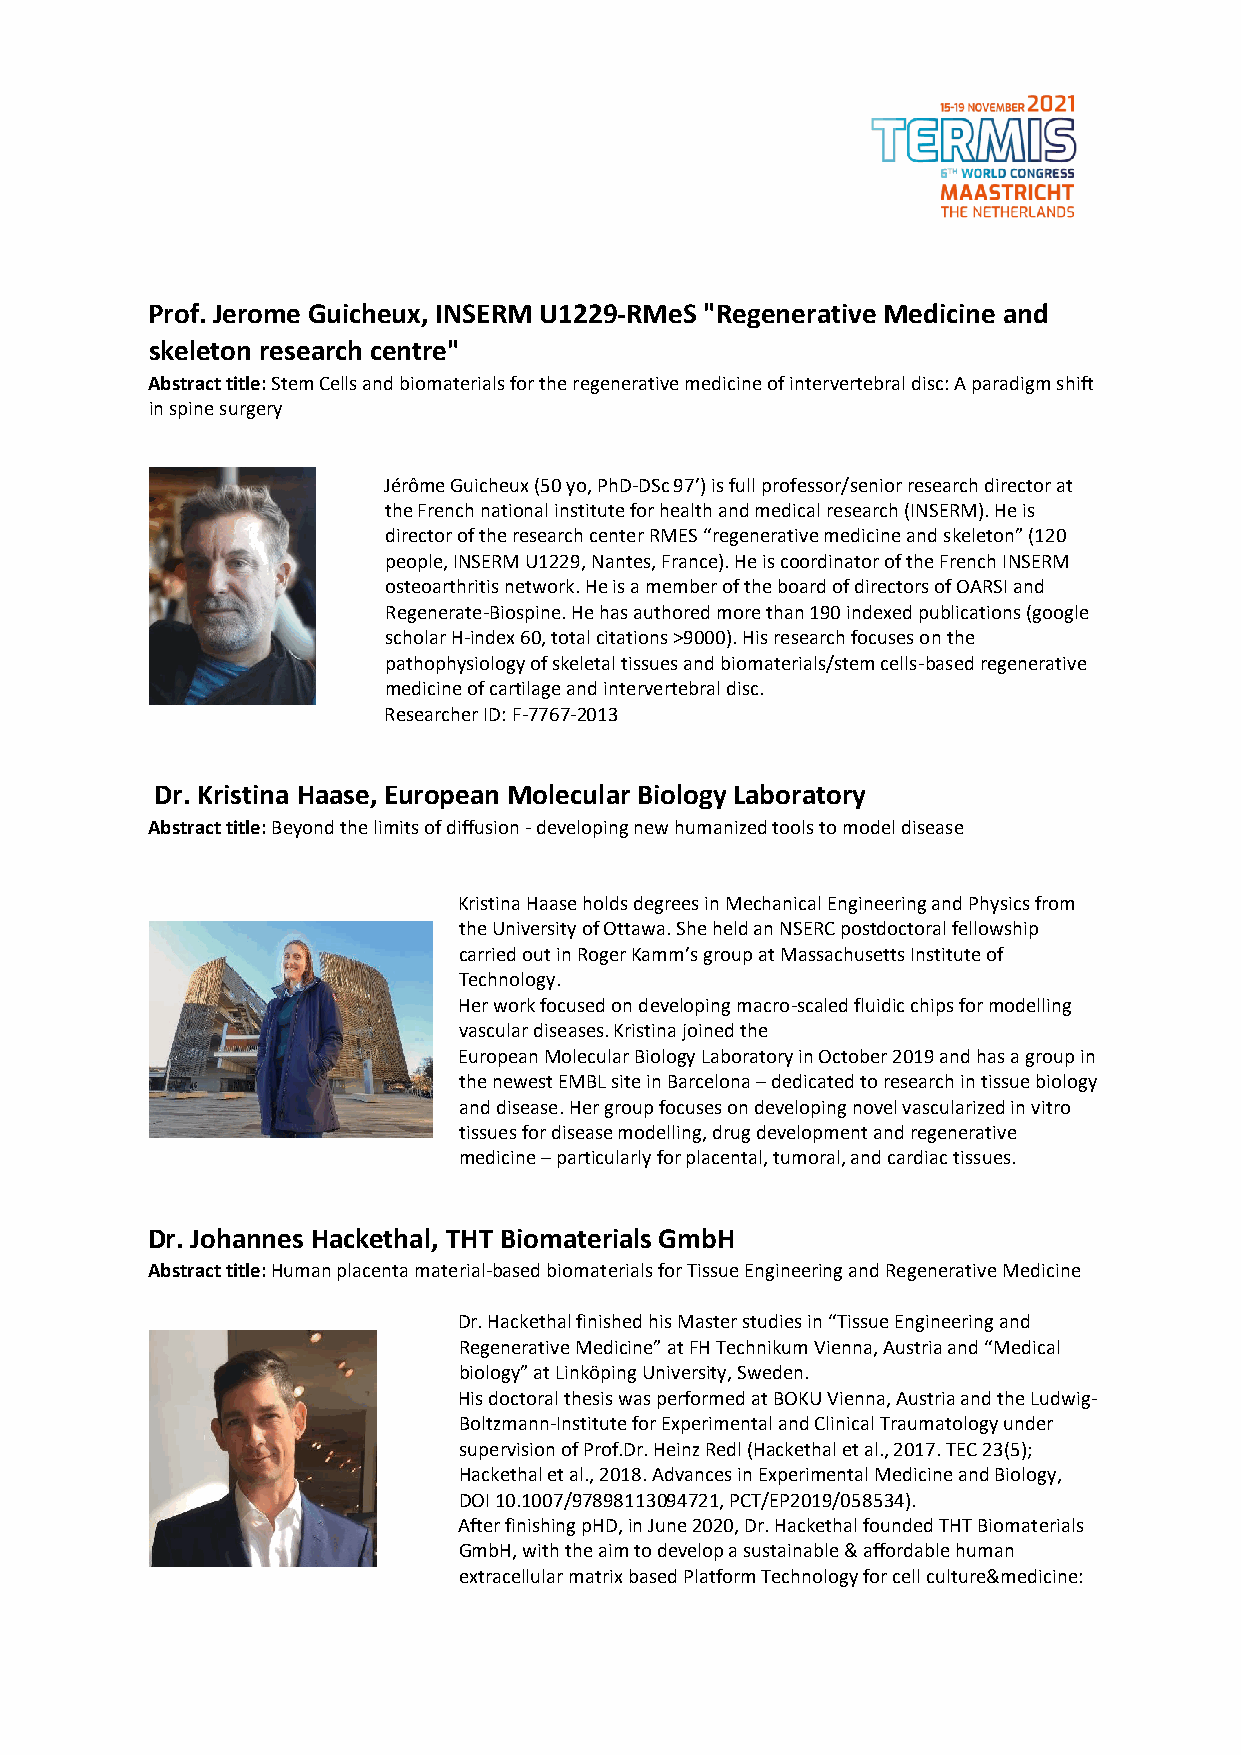
Prof. Jerome Guicheux, INSERM U1229-RMeS "Regenerative Medicine and
 skeleton research centre"
 Abstract title: Stem Cells and biomaterials for the regenerative medicine of intervertebral disc: A paradigm shift
 in spine surgery
 Jérôme Guicheux (50 yo, PhD-DSc 97’) is full professor/senior research director at
 the French national institute for health and medical research (INSERM). He is
 director of the research center RMES “regenerative medicine and skeleton” (120
 people, INSERM U1229, Nantes, France). He is coordinator of the French INSERM
 osteoarthritis network. He is a member of the board of directors of OARSI and
 Regenerate-Biospine. He has authored more than 190 indexed publications (google
 scholar H-index 60, total citations >9000). His research focuses on the
 pathophysiology of skeletal tissues and biomaterials/stem cells-based regenerative
 medicine of cartilage and intervertebral disc.
 Researcher ID: F-7767-2013
 Dr. Kristina Haase, European Molecular Biology Laboratory
 Abstract title: Beyond the limits of diffusion - developing new humanized tools to model disease
 Kristina Haase holds degrees in Mechanical Engineering and Physics from
 the University of Ottawa. She held an NSERC postdoctoral fellowship
 carried out in Roger Kamm’s group at Massachusetts Institute of
 Technology.
 Her work focused on developing macro-scaled fluidic chips for modelling
 vascular diseases. Kristina joined the
 European Molecular Biology Laboratory in October 2019 and has a group in
 the newest EMBL site in Barcelona – dedicated to research in tissue biology
 and disease. Her group focuses on developing novel vascularized in vitro
 tissues for disease modelling, drug development and regenerative
 medicine – particularly for placental, tumoral, and cardiac tissues.
 Dr. Johannes Hackethal, THT Biomaterials GmbH
 Abstract title: Human placenta material-based biomaterials for Tissue Engineering and Regenerative Medicine
 Dr. Hackethal finished his Master studies in “Tissue Engineering and
 Regenerative Medicine” at FH Technikum Vienna, Austria and “Medical
 biology” at Linköping University, Sweden.
 His doctoral thesis was performed at BOKU Vienna, Austria and the Ludwig-
 Boltzmann-Institute for Experimental and Clinical Traumatology under
 supervision of Prof.Dr. Heinz Redl (Hackethal et al., 2017. TEC 23(5);
 Hackethal et al., 2018. Advances in Experimental Medicine and Biology,
 DOI 10.1007/97898113094721, PCT/EP2019/058534).
 After finishing pHD, in June 2020, Dr. Hackethal founded THT Biomaterials
 GmbH, with the aim to develop a sustainable & affordable human
 extracellular matrix based Platform Technology for cell culture&medicine: